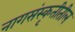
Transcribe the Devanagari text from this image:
नागसंस्कृतीतील